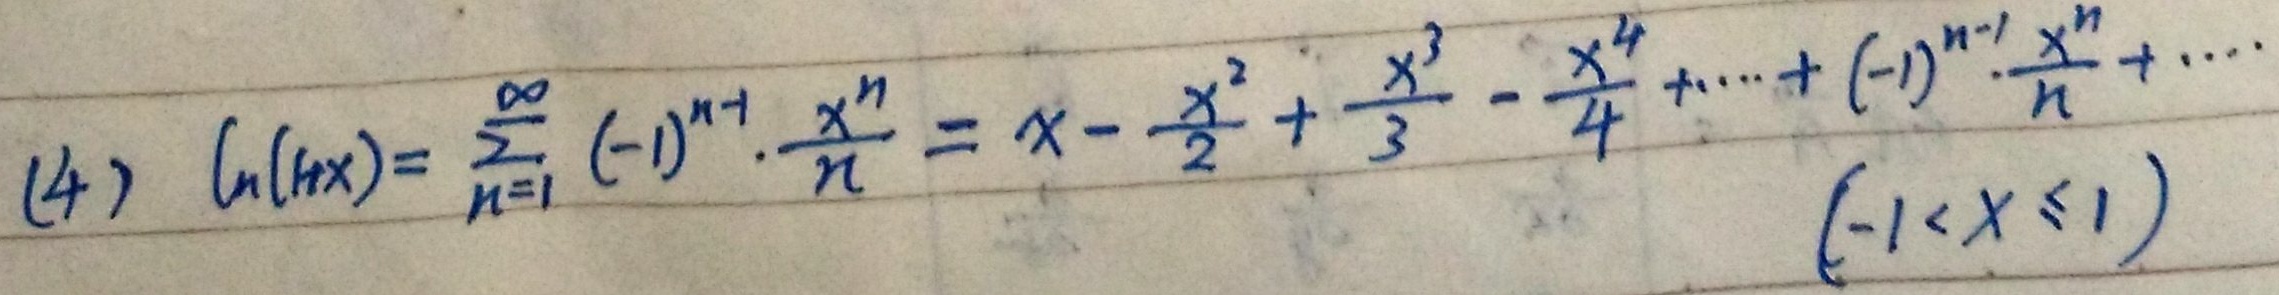
(4) \(\ln(1 + x)=\sum_{n = 1}^{\infty}(-1)^{n - 1}\cdot\frac{x^{n}}{n}=x-\frac{x^{2}}{2}+\frac{x^{3}}{3}-\frac{x^{4}}{4}+\cdots+(-1)^{n - 1}\frac{x^{n}}{n}+\cdots\quad(-1<x\leq1)\)